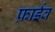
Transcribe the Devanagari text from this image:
फ़ाईव